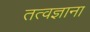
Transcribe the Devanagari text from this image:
तत्वज्ञाना